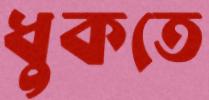
ধুকতে